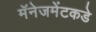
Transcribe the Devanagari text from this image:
मॅनेजमेंटकडे